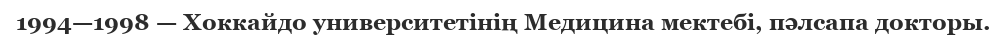
1994—1998 — Хоккайдо университетінің Медицина мектебі, пәлсапа докторы.